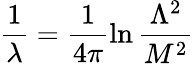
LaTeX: \frac{1}{\lambda}=\frac{1}{4\pi}\ln\frac{\Lambda^{2}}{M^{2}}